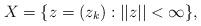
LaTeX: \begin{align*}X=\{z=(z_k): ||z|| <\infty\},\end{align*}